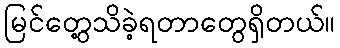
မြင်တွေ့သိခဲ့ရတာတွေရှိတယ်။